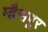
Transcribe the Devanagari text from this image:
म्हैसपूर